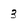
Character: 3